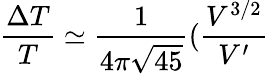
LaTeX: \frac{\Delta T}{T}\simeq\frac{1}{4\pi\sqrt{45}}(\frac{V^{3/2}}{V^{\prime}}